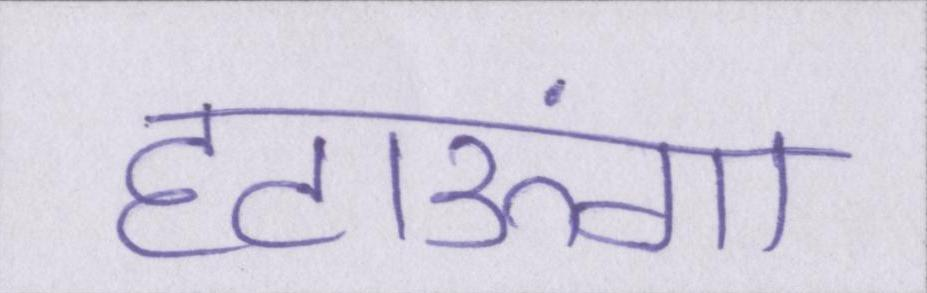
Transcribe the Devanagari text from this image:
हटाऊंगा